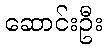
ဆောင်းဦး